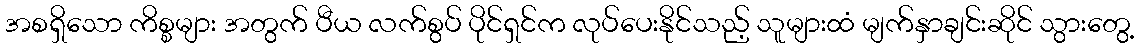
အစရှိသော ကိစ္စများ အတွက် ပီယ လက်စွပ် ပိုင်ရှင်က လုပ်ပေးနိုင်သည့် သူများထံ မျက်နှာချင်းဆိုင် သွားတွေ့